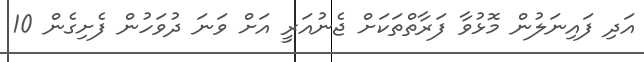
އަދި ފައިނަލުން މޮޅުވާ ފަރާތްތަކަށް ޖެނުއަރީ އަށް ވަނަ ދުވަހުން ފެށިގެން 10